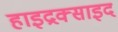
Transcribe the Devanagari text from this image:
हाइद्रक्साइद